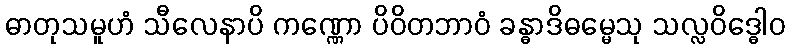
ဓာတုသမူဟံ သီလေနာပိ ကဏ္ဏော ပိဝိတဘာဝံ ခန္ဓာဒိဓမ္မေသု သလ္လဝိဒ္ဓေါဝ